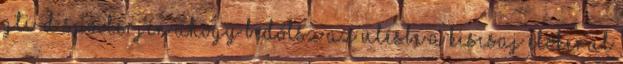
gti-d spoilerjén ahogy bedőlsz az ülésbe a kiscsaj előkerül